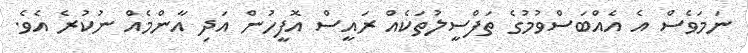
ނަމަވެސް އެ އެއްބަސްވުމުގެ ތަފްސީލުތަކެއް ރައީސް އޮފީހުން އަދި އާންމެއް ނުކުރެ އެވެ.